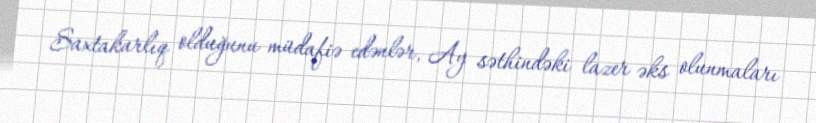
Saxtakarlıq olduğunu müdafiə edənlər, Ay səthindəki lazer əks olunmaları